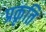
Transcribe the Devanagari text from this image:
प्रकृति